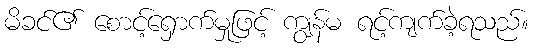
မိခင်၏ စောင့်ရှောက်မှုဖြင့် ကျွန်မ ရင့်ကျက်ခဲ့ရသည်။